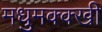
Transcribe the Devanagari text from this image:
मधुमक्क्खी